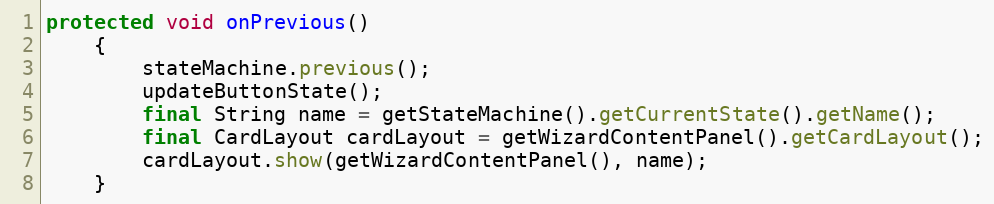
Language: Java
protected void onPrevious()
	{
		stateMachine.previous();
		updateButtonState();
		final String name = getStateMachine().getCurrentState().getName();
		final CardLayout cardLayout = getWizardContentPanel().getCardLayout();
		cardLayout.show(getWizardContentPanel(), name);
	}